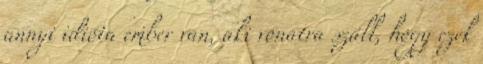
annyi idióta ember van, aki vonatra száll, hogy ezek